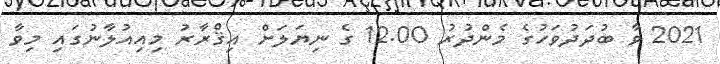
2021 ވާ ބުދަދުވަހުގެ މެންދުރު 12.00 ގެ ނިޔަލަށް އިޤްރާރު މިއިއުލާނުގައި މިވާ